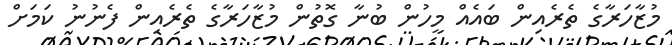
މުޒާހަރާގެ ތެރެއިން ބައެއް މީހުން ބުނާ ގޮތުން މުޒާހަރާގެ ތެރެއިން ފެނުނު ކަމަށް